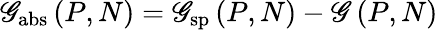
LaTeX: \mathscr{G}_{\mathrm{{abs}}}\left(P,N\right)=\mathscr{G}_{\mathrm{{sp}}}\left(P,N\right)-\mathscr{G}\left(P,N\right)